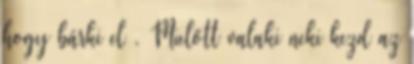
hogy bárki el . Mielőtt valaki neki kezd az